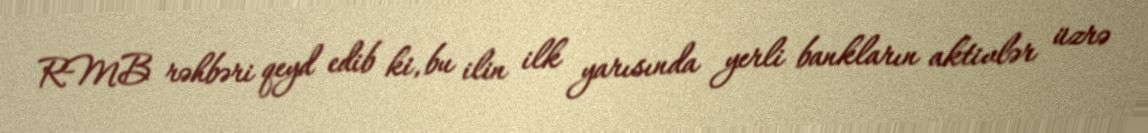
RMB rəhbəri qeyd edib ki, bu ilin ilk yarısında yerli bankların aktivlər üzrə